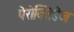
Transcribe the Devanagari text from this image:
पेरोक्सिडेज